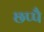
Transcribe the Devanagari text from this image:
छप्पै